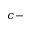
c -